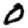
Digit: 0